18_100754_ General 1946-7_Vol_2
Agency: Department of War
Incident date: 12/30/47
Page 12
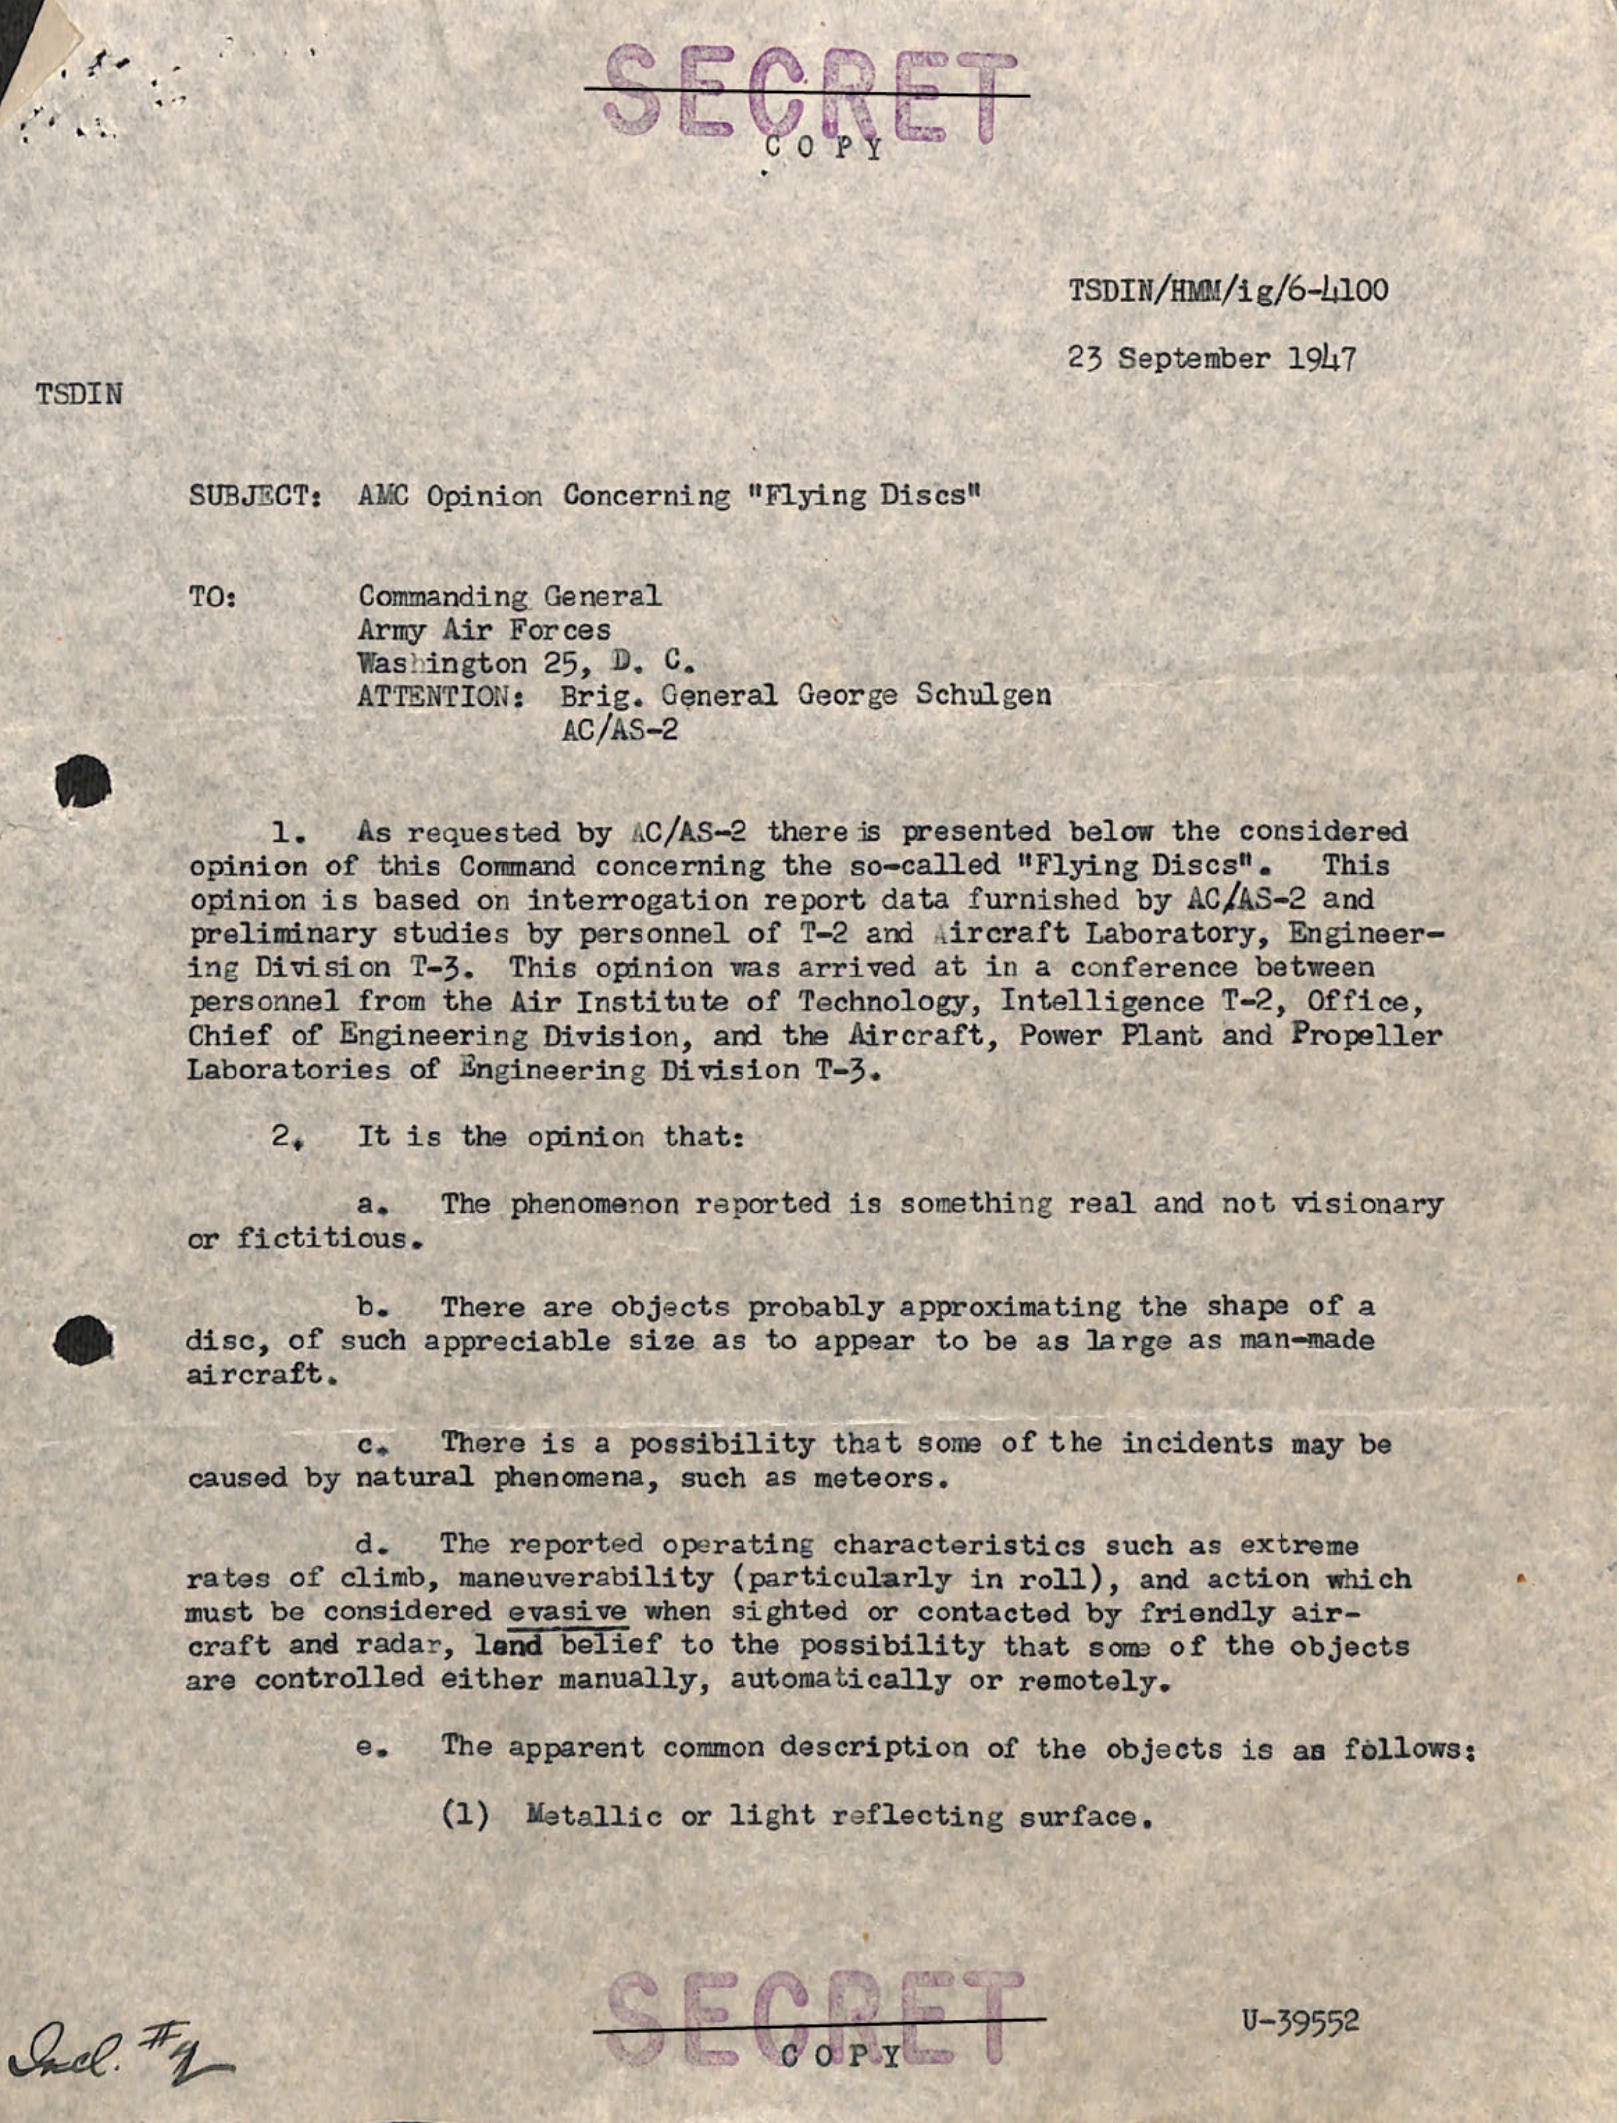